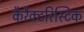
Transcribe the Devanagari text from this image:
कैरैक्टरिस्टिक